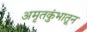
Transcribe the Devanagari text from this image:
अमृतकुंभातून